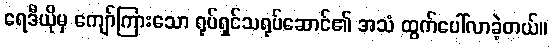
ရေဒီယိုမှ ကျော်ကြားသော ရုပ်ရှင်သရုပ်ဆောင်၏ အသံ ထွက်ပေါ်လာခဲ့တယ်။